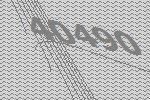
40490